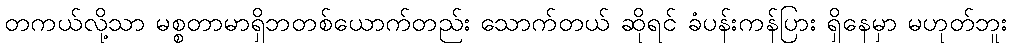
တကယ်လို့သာ မစ္စတာမာရှိဘတစ်ယောက်တည်း သောက်တယ် ဆိုရင် ခံပန်းကန်ပြား ရှိနေမှာ မဟုတ်ဘူး